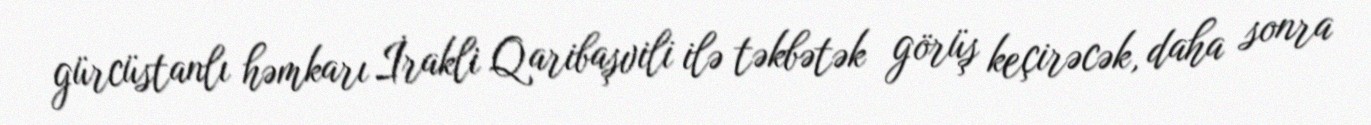
gürcüstanlı həmkarı İrakli Qaribaşvili ilə təkbətək görüş keçirəcək, daha sonra